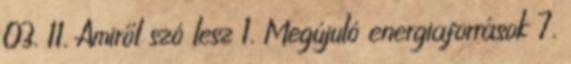
03. 11. Amiről szó lesz 1. Megújuló energiaforrások 7.